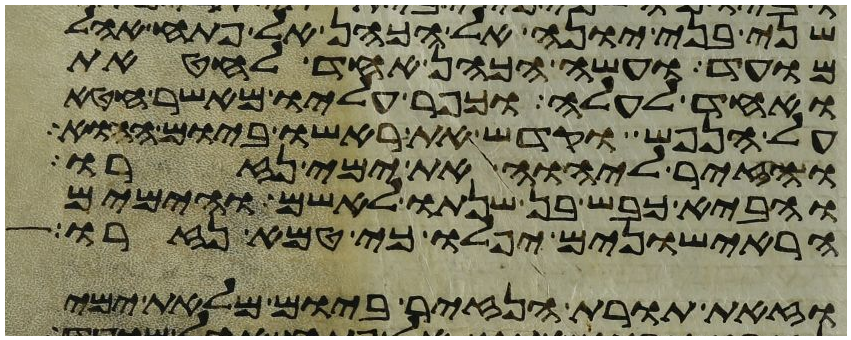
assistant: שני בני יונה אל הכהן אל פתח אהל
מועד ועשה הכהן אחד לחטאת
ואחד לעלה וכפר עליו מאשר חטא
על הנפש וקדש את ראשו ביום ההוא
והזיר ליהוה את ימי נזרו
והביא כבש בן שנתו לאשם והימים
הראישונים יפלו כי טמא נזרו
וזאת תורת הנזיר ביום מלאת ימי